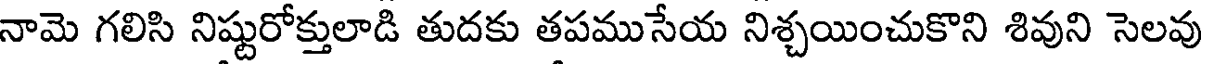
నామె గలిసి నిష్టురోక్తులాడి తుదకు తపముసేయ నిశ్చయించుకొని శివుని సెలవు